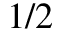
1 / 2